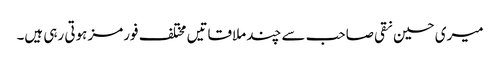
میری حسین نقی صاحب سے چند ملاقاتیں مختلف فورمز ہوتی رہی ہیں۔